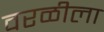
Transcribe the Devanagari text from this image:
वरळीला